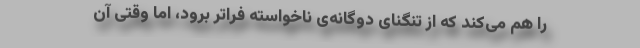
را هم می‌کند که از تنگنای دوگانه‌ی ناخواسته فراتر برود، اما وقتی آن